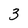
Character: 3